Civil Veterinary Department. Central Provinces & Berar 1932-41 - 1932-1941
Year: 1932
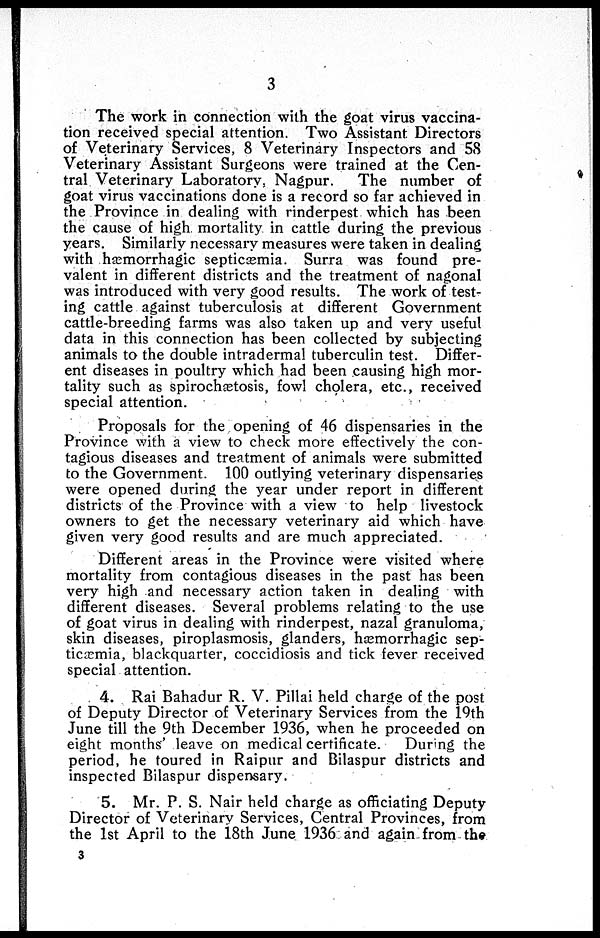
3
The work in connection with the goat virus vaccina-
tion received special attention. Two Assistant Directors
of Veterinary Services, 8 Veterinary Inspectors and 58
Veterinary Assistant Surgeons were trained at the Cen-
tral Veterinary Laboratory, Nagpur.
The number of
goat virus vaccinations done is a record so far achieved in
the Province in dealing with rinderpest which has been
the cause of high mortality in cattle during the previous
years. Similarly necessary measures were taken in dealing
with hæmorrhagic septicæmia. Surra was found pre-
valent in different districts and the treatment of nagonal
was introduced with very good results. The work of test-
ing cattle against tuberculosis at different Government
cattle-breeding farms was also taken up and very useful
data in this connection has been collected by subjecting
animals to the double intradermal tuberculin test. Differ-
ent diseases in poultry which had been causing high mor-
tality such as spirochætosis, fowl cholera, etc., received
special attention.
Proposals for the opening of 46 dispensaries in the
Province with a view to check more effectively the con-
tagious diseases and treatment of animals were submitted
to the Government. 100 outlying veterinary dispensaries
were opened during the year under report in different
districts of the Province with a view to help livestock
owners to get the necessary veterinary aid which have
given very good results and are much appreciated.
Different areas in the Province were visited where
mortality from contagious diseases in the past has been
very high and necessary action taken in dealing with
different diseases. Several problems relating to the use
of goat virus in dealing with rinderpest, nazal granuloma,
skin diseases, piroplasmosis, glanders, hæmorrhagic sep-
ticæmia, blackquarter, coccidiosis and tick fever received
special attention.
4. Rai Bahadur R. V. Pillai held charge of the post
of Deputy Director of Veterinary Services from the 19th
June till the 9th December 1936, when he proceeded on
eight months' leave on medical certificate.
During the
period, he toured in Raipur and Bilaspur districts and
inspected Bilaspur dispensary.
5. Mr. P. S. Nair held charge as officiating Deputy
Director of Veterinary Services, Central Provinces, from
the 1st April to the 18th June 1936 and again from the
3